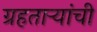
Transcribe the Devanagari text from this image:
ग्रहताऱ्यांची